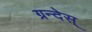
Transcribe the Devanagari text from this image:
ग्रन्देस्